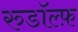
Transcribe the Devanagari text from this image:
रुडॉल्फ़